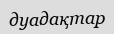
дуадақтар